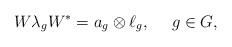
LaTeX: \begin{align*}W\lambda_gW^*=a_g\otimes \ell_g,\ \ \ \ g\in G,\end{align*}